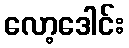
လော့ဒေါင်း